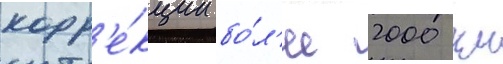
корр'е́кции бо́л'ее 2000 км